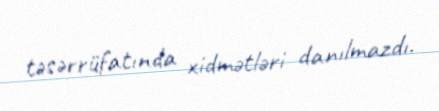
təsərrüfatında xidmətləri danılmazdı.